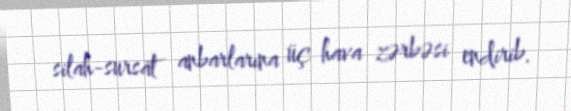
silah-sursat anbarlarına üç hava zərbəsi endirib.